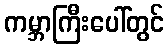
ကမ္ဘာကြီးပေါ်တွင်